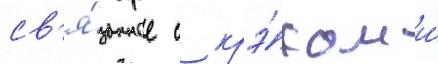
св'я́занное с крэ́ком и́